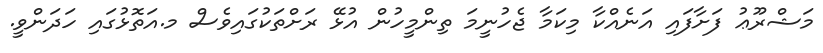
މަޝްރޫޢު ފަށާފައި އަނެއްކާ މިކަމާ ޖެހުނީމަ ތިންމީހުން އުޅޭ ރަށްތަކުގައިވެސް މ.އަތޮޅުގައި ހަދަންވީ.